Malarial fevers
Disease focus: Malaria
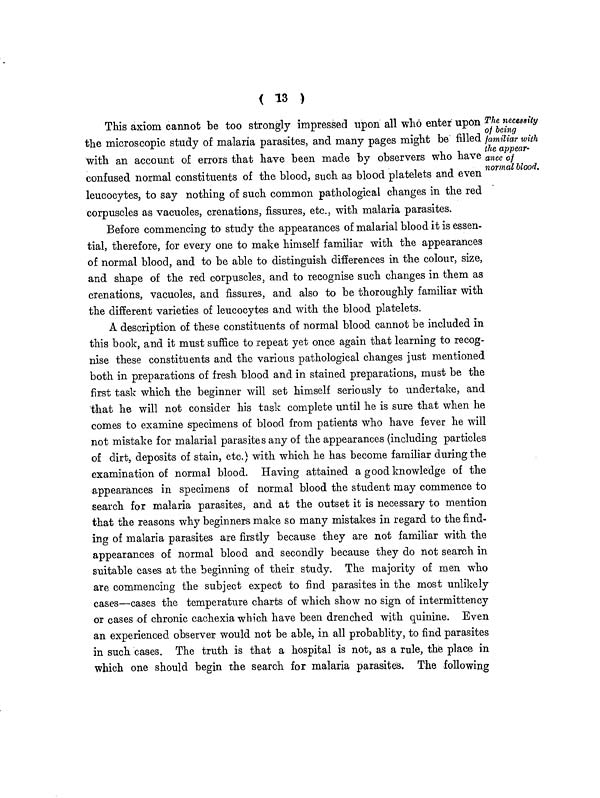
( 13 )
The. necessity
of being
familiar with
the appear-
once of
normal blood.
This axiom cannot be too strongly impressed upon all who enter upon
the microscopic study of malaria parasites, and many pages might be filled
with an account of errors that have been made by observers who have
confused normal constituents of the blood, such as blood platelets and even
leucocytes, to say nothing of such common pathological changes in the red
corpuscles as vacuoles, crenations, fissures, etc., with malaria parasites.
Before commencing to study the appearances of malarial blood it is essen-
tial, therefore, for every one to make himself familiar with the appearances
of normal blood, and to be able to distinguish differences in the colour, size,
and shape of the red corpuscles, and to recognise such changes in them as
crenations, vacuoles, and fissures, and also to be thoroughly familiar with
the different varieties of leucocytes and with the blood platelets.
A description of these constituents of normal blood cannot be included in
this book, and it must suffice to repeat yet once again that learning to recog-
nise these constituents and the various pathological changes just mentioned
both in preparations of fresh blood and in stained preparations, must be the
first task which the beginner will set himself seriously to undertake, and
that he will not consider his task complete until he is sure that when he
comes to examine specimens of blood from patients who have fever he will
not mistake for malarial parasites any of the appearances (including particles
of dirt, deposits of stain, etc.) with which he has become familiar during the
examination of normal blood. Having attained a good knowledge of the
appearances in specimens of normal blood the student may commence to
search for malaria parasites, and at the outset it is necessary to mention
that the reasons why beginners make so many mistakes in regard to the find-
ing of malaria parasites are firstly because they are not familiar with the
appearances of normal blood and secondly because they do not search in
suitable cases at the beginning of their study. The majority of men who
are commencing the subject expect to find parasites in the most unlikely
cases—cases the temperature charts of which show no sign of intermittency
or cases of chronic cachexia which have been drenched with quinine. Even
an experienced observer would not be able, in all probablity, to find parasites
in such cases. The truth is that a hospital is not, as a rule, the place in
which one should begin the search for malaria parasites. The following